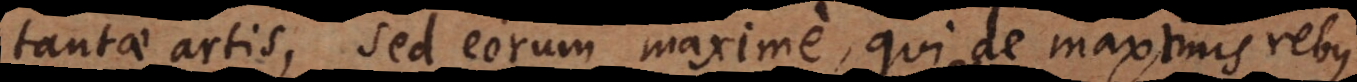
tantae artis, sed eorum maxime, qui de maximis rebus